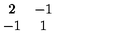
\begin{array} { c c } { 2 } & { - 1 } \\ { - 1 } & { 1 } \\ \end{array}